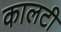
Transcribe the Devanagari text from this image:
कालटी